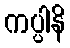
ကပ္ပါနိ